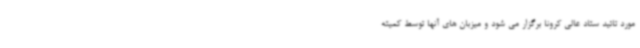
مورد تائید ستاد عالی کرونا برگزار می شود و میزبان های آنها توسط کمیته